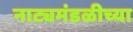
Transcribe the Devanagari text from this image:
नाट्यमंडळीच्या